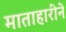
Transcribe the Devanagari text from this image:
माताहारीने